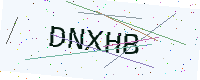
Text: DNXHB